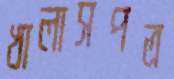
খালাসপত্র